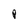
Character: P